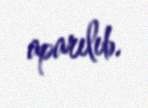
aparılıb.